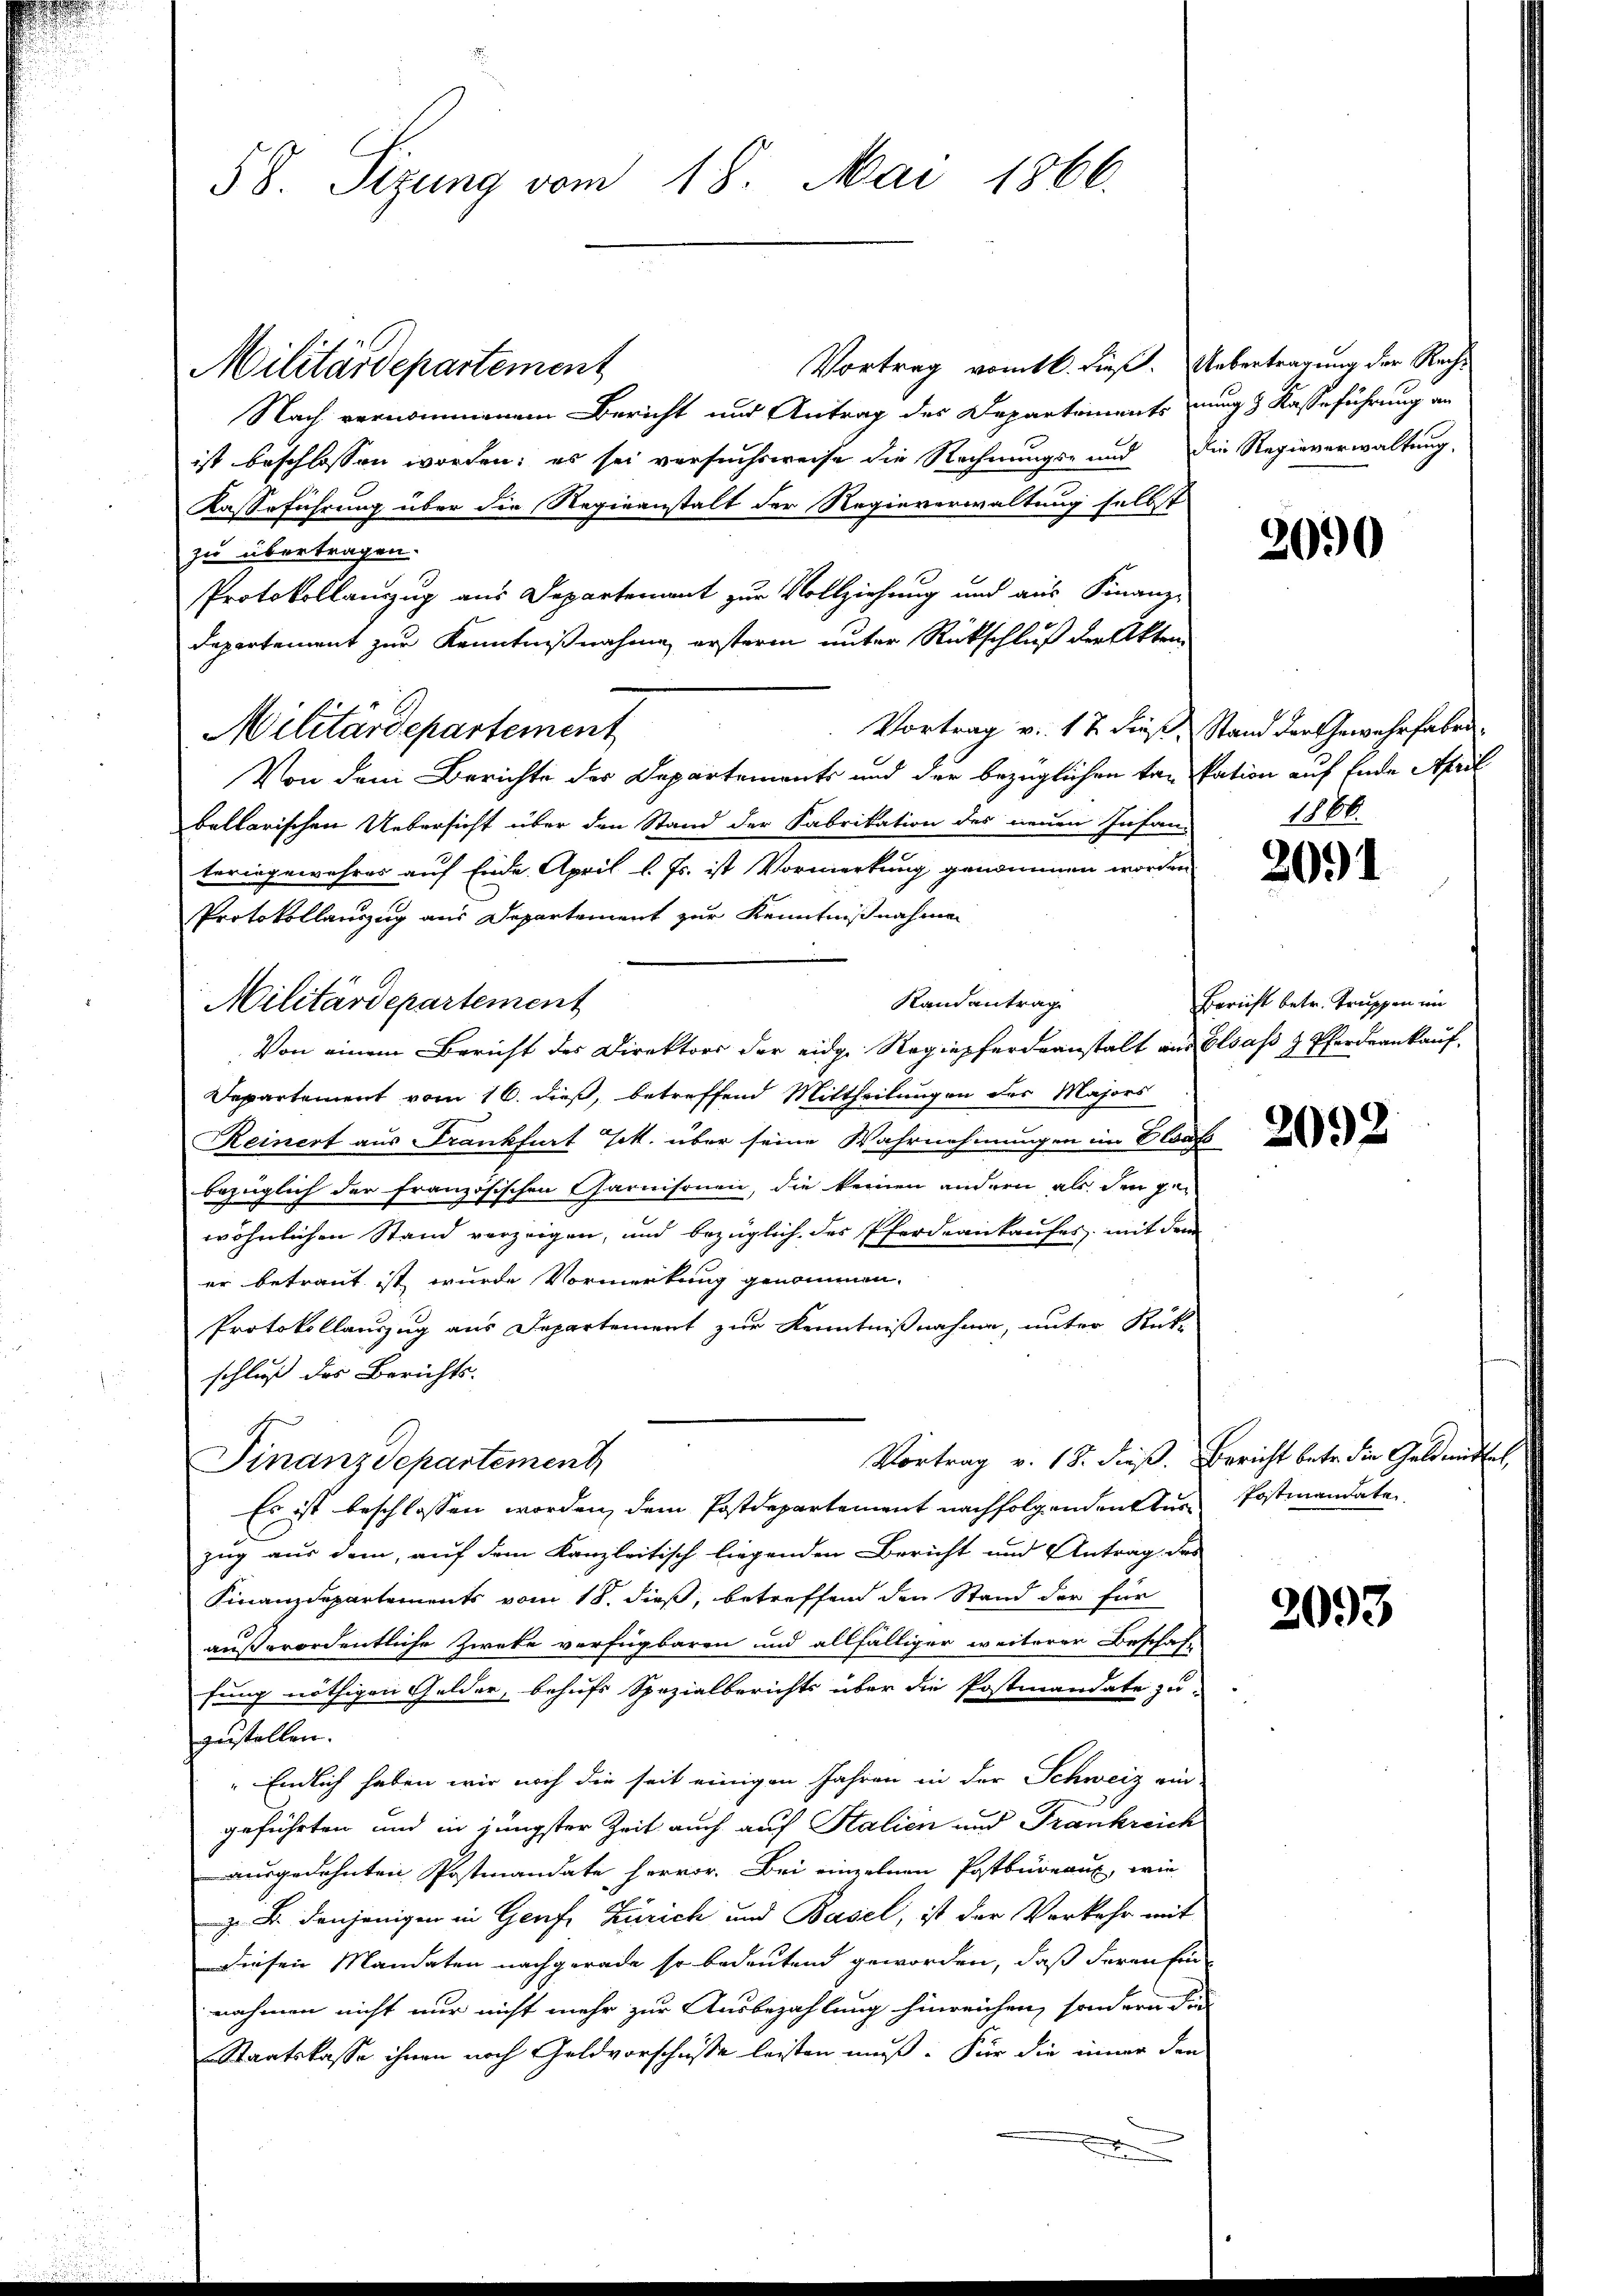
58. Sizung vom 18. Mai 1866.

Vortrag vom 16. dieß. Uebertragung der Rech¬
Nach vernommenem Bericht und Antrag des Departements nung & Kasserführung an
ist beschlossen worden; es sei versuchsweise die Rechnungs- und die Regieverwaltung,
Kasseführung über die Regieanstalt der Regieverwaltung selbst
zu übertragen.
Protokollanzug aus Departement zur Vollziehung und aus Finanz-
Departement zur Kenntnißnahme ersterm unter Rückschluß der Akten
Vortrag v. 17 dieß, Stand der Gewahrhaben.
Von dem Berichte der Departements und der bezüglichen Tantation auf Ende April
bellarischen Uebersicht über den Stand der Fabrikation des neuen Infan-
teringewehres auf Ende. April l. Js. ist Vormerkung genommen worden
Protokollauszug aus Departement zur Kenntnißnahmen
Randantrag
Von einem Bericht des Direktors der eidge Regiepferdeanstalt aus Elsaß & Pferdrankauf-
Departement vom 16. dieß, betreffend Mittheilungen der Majors
Reinert aus Frankfurt Jak. über seine Wahrnehmungen im Blas
bezüglich der französischen Garnisonen, die keinen andern als den ger
wöhnlichen Stand verzeigen, und bezüglich des Pferdeaukaufes, mit dem
er betraut ist wurde Vormerkung genommen.
Protokollauszug aus Departement zur Kenntnißnahme, unter Rück-
schluß des Berichts
Vortrag v. 18. dieß. Bericht betr. die Geldmittel,
Finanzdepartement
Es ist beschlossen worden, dem Postdepartement nachfolgenden Aus Postmandaten
zug aus dem, auf dem Kanzleitisch liegenden Bericht und Antrag des
Finanzdepartements vom 18. dieß, betreffend den Stand der für
außerordentliche Zweke verfügbaren und allfälliger weiterer Beschaf-
fung nöthigen Gelder, behufs Spezialberichts über die Postmandate zu
zustellen.
" Endlich haben wir noch die seit einigen Jahren in der Schweiz ein
geführten und in jüngster Zeit auch auf Stalien und Frankreich
ausgedehnten Postmandate hervor. Bei einzelnen Postbüreau, wie
z. B. denjenigen in Genf, Zürich und Basel, ist der Verkehr mit
diesen Mandaten nachgerade so bedeutend geworden, daß deren Ein
nahmen nicht nur nicht mehr zur Ausbezahlung hinreichen, sondern die
Staatskasse ihnen noch Geldvorschüsse leisten muß. Für die immer den

Militärdepartement

Militärdepartement

Militärdepartement

3000

1866.

2091

Bericht betr. Truppen im

2092

2093